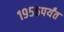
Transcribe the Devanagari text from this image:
१९५६पर्यंत